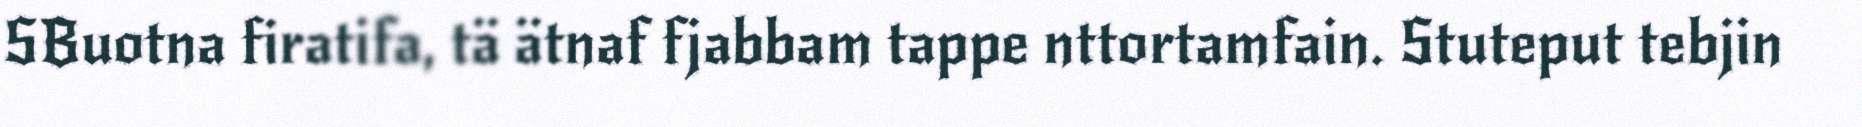
SBuotna firatifa, tä ätnaf fjabbam tappe nttortamfain. Stuteput tebjin